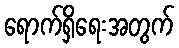
ရောက်ရှိရေးအတွက်